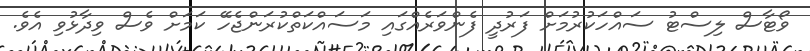
ވޯޓާސް ލިސްޓު ސައްހަކުރުމަށް ފަރުދީ ފެންވަރެއްގައި މަސައްކަތްކުރަންޖެހޭ ކަމަށް ވެސް ވިދާޅުވި އެވެ.